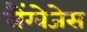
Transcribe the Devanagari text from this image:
लैंग्वेजेस